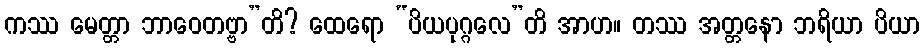
ကဿ မေတ္တာ ဘာဝေတဗ္ဗာ”တိ? ထေရော “ပိယပုဂ္ဂလေ”တိ အာဟ။ တဿ အတ္တနော ဘရိယာ ပိယာ